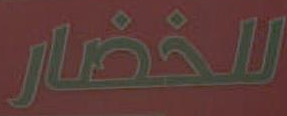
الخضار